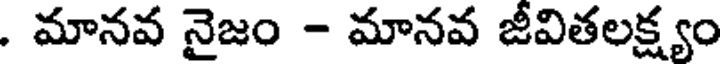
. మానవ నైజం - మానవ జీవితలక్ష్యం